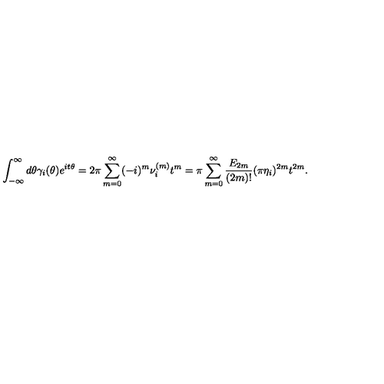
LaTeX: \int _ { - \infty } ^ { \infty } d \theta \gamma _ { i } ( \theta ) e ^ { i t \theta } = 2 \pi \sum _ { m = 0 } ^ { \infty } ( - i ) ^ { m } \nu _ { i } ^ { ( m ) } t ^ { m } = \pi \sum _ { m = 0 } ^ { \infty } \frac { E _ { 2 m } } { ( 2 m ) ! } ( \pi \eta _ { i } ) ^ { 2 m } t ^ { 2 m } .